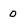
Character: 0